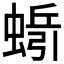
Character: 𱿷